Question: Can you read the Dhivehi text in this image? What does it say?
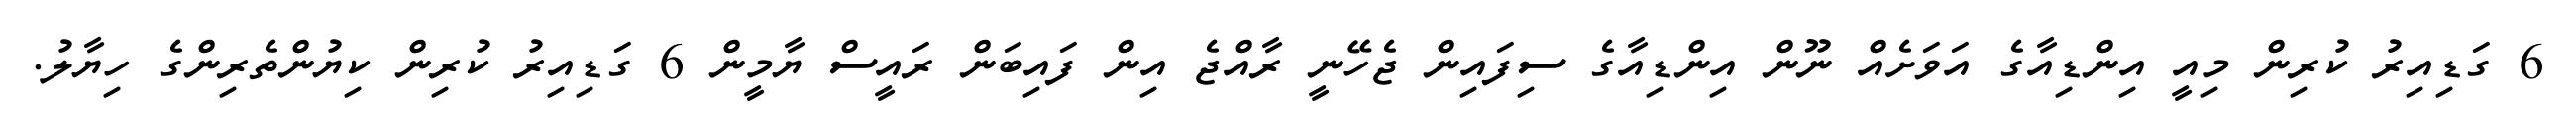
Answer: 6 ގަޑިއިރު ކުރިން މިއީ އިންޑިއާގެ އަވަށެއް ނޫން އިންޑިއާގެ ސިފައިން ޖެހޭނީ ރާއްޖެ އިން ފައިބަން ރައީސް ޔާމީން 6 ގަޑިއިރު ކުރިން ކިޔުންތެރިންގެ ހިޔާލު.